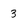
Character: 3